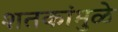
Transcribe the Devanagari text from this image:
शतकांमुळे